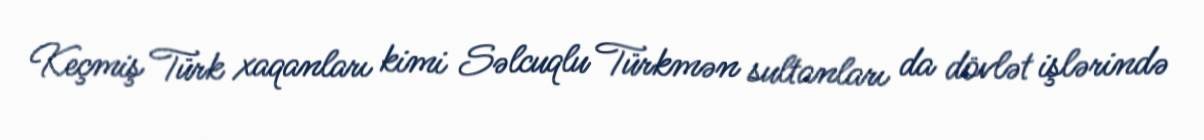
Keçmiş Türk xaqanları kimi Səlcuqlu Türkmən sultanları da dövlət işlərində